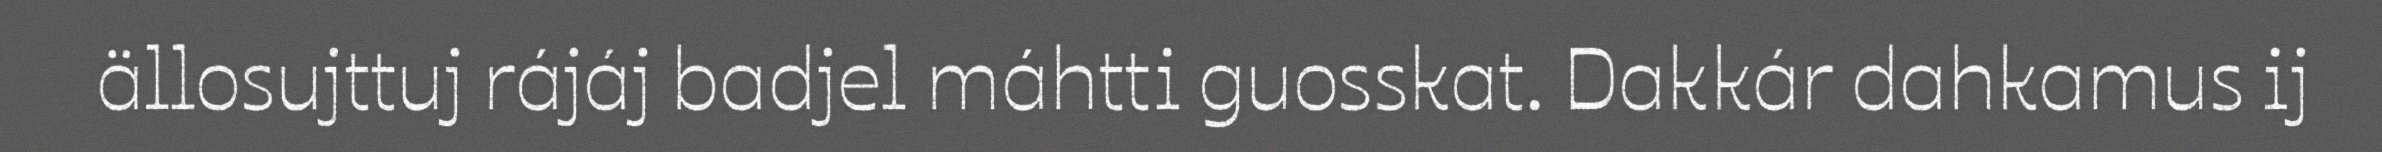
ällosujttuj rájáj badjel máhtti guosskat. Dakkár dahkamus ij